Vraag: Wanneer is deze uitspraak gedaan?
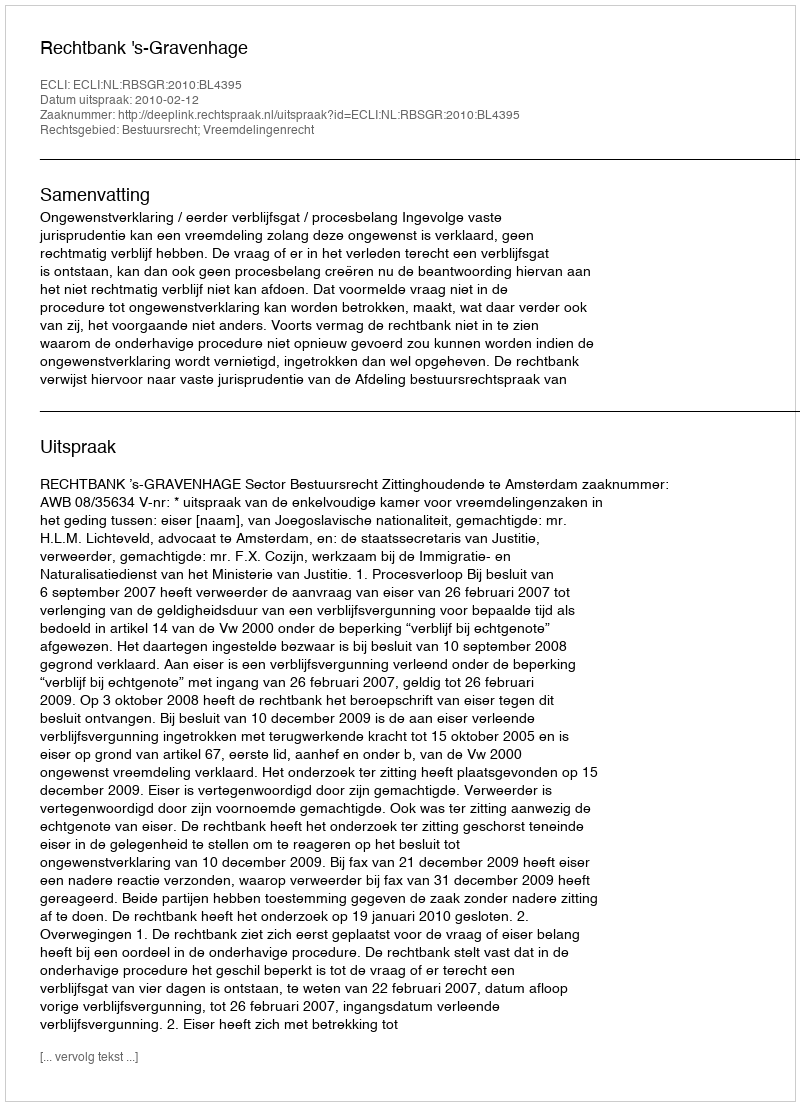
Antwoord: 2010-02-12